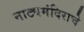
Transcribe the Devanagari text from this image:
नाट्यमंदिराचे